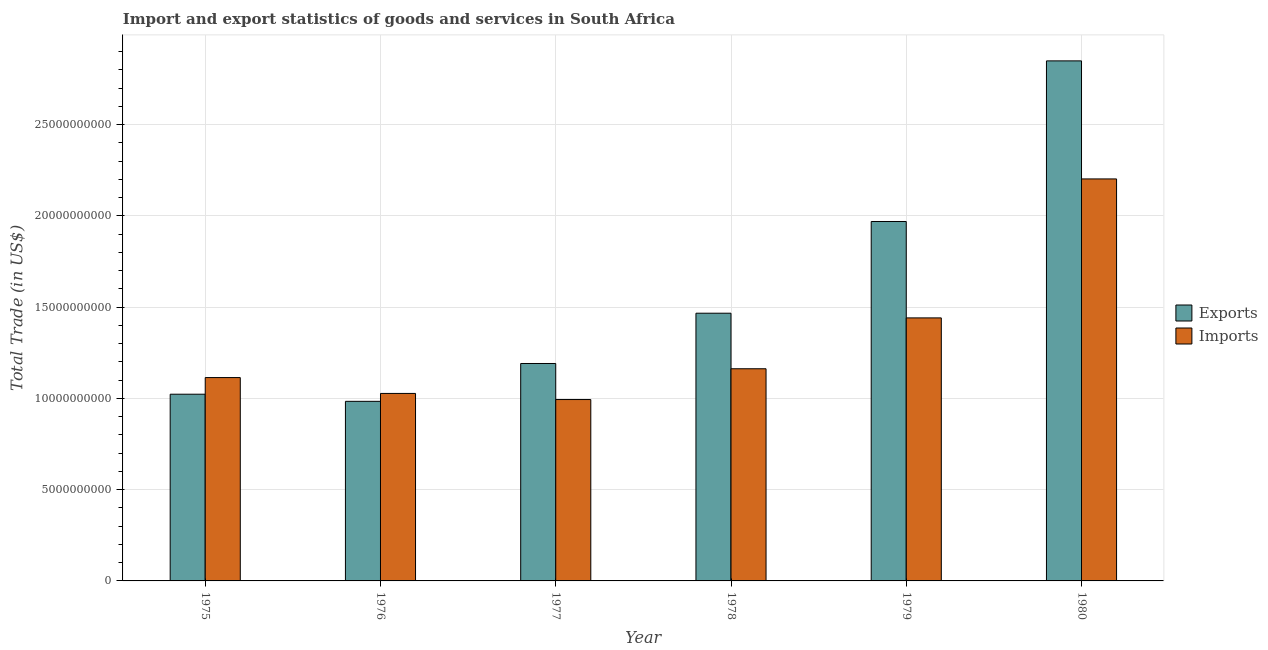
| Year | Exports | Imports |
 | --- | --- | --- |
 | 1975 | 1.02e+10 | 1.11e+10 |
 | 1976 | 9.84e+09 | 1.03e+10 |
 | 1977 | 1.19e+10 | 9.94e+09 |
 | 1978 | 1.47e+10 | 1.16e+10 |
 | 1979 | 1.97e+10 | 1.44e+10 |
 | 1980 | 2.85e+10 | 2.2e+10 |